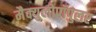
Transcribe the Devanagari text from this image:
मैक्युलोपॉपुलर